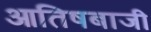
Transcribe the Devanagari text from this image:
आतिषबाजी